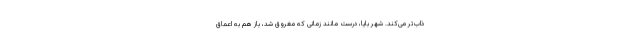
ذاب‌تر می‌کند. شهر بایا، درست مانند زمانی که مغروق شد، باز هم به اعماق